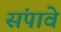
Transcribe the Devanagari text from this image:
संपावे